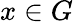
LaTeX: x\in G